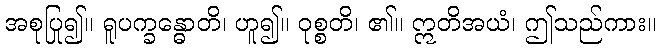
အစုပြု၍။ ရူပက္ခန္ဓောတိ၊ ဟူ၍။ ဝုစ္စတိ၊ ၏။ ဣတိအယံ၊ ဤသည်ကား။